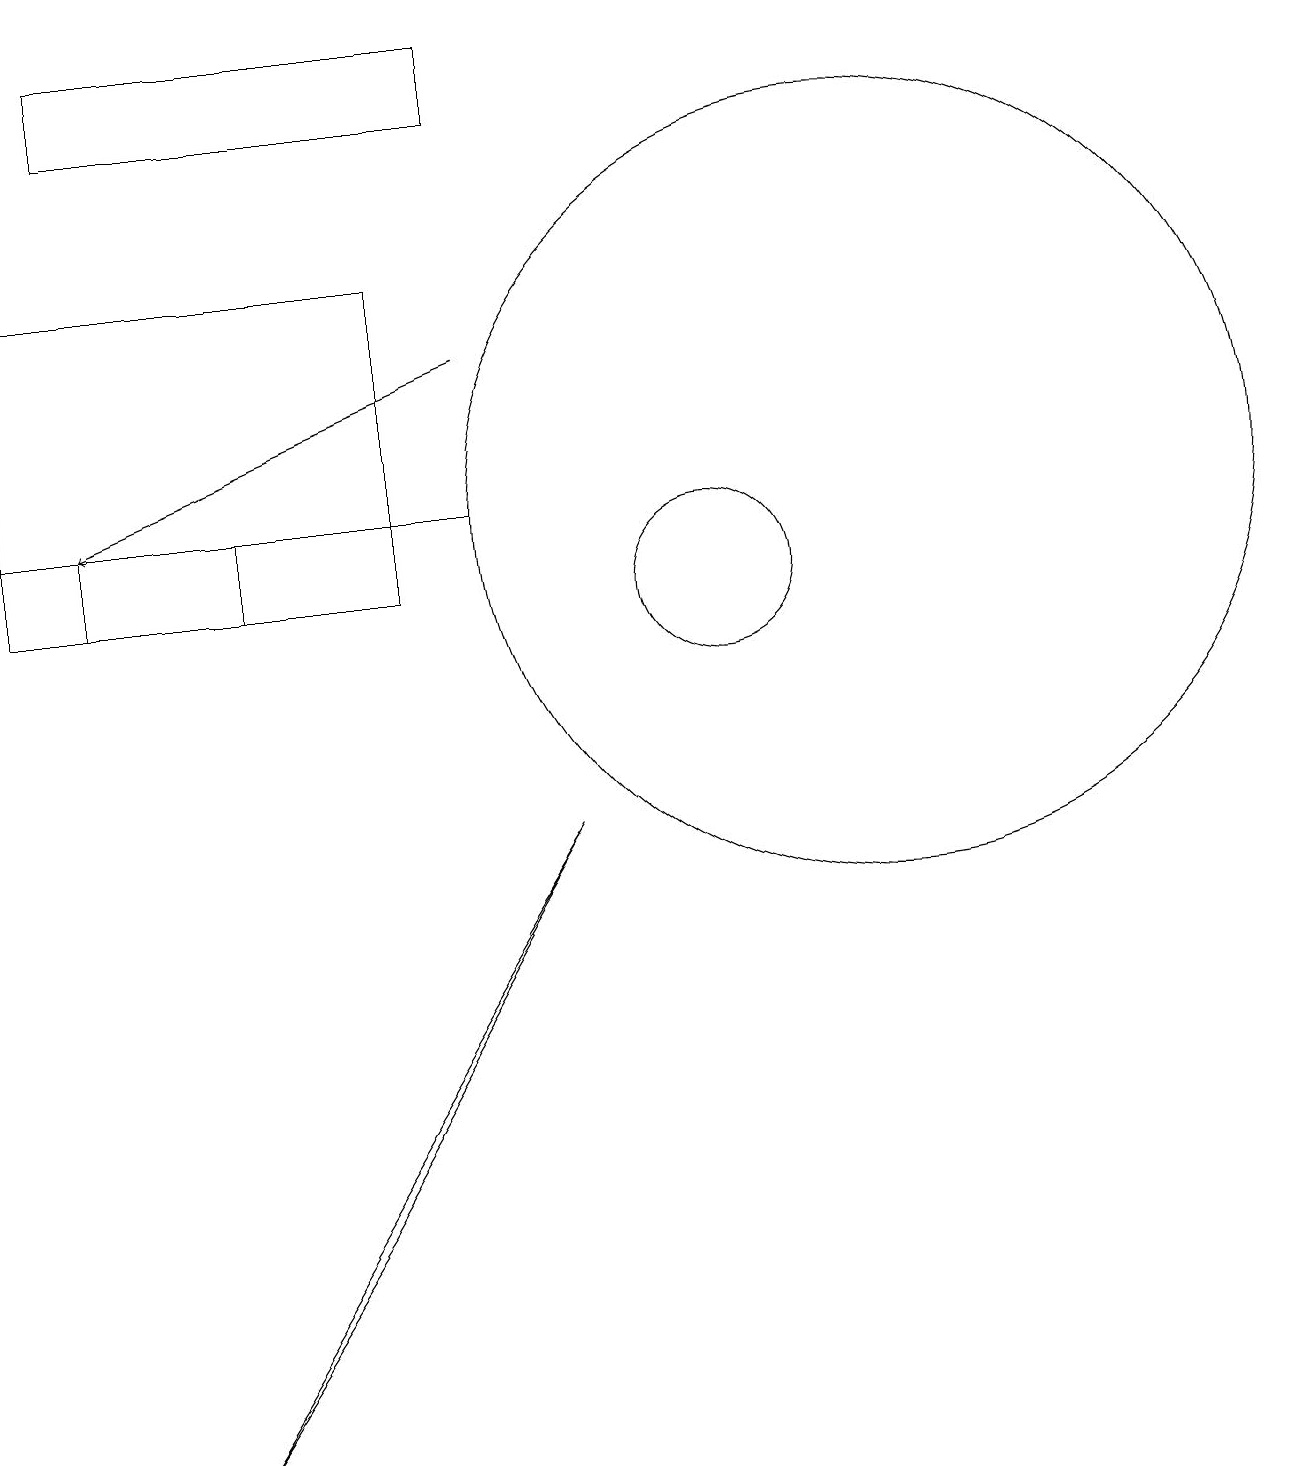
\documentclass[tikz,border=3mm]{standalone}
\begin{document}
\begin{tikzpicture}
\draw[->] (7,14) -- (2,12);
\draw (12,12) circle (5);
\draw (2,17) rectangle (7,18);
\draw (1,15) rectangle (6,11);
\draw (5,3) -- (8,8) -- (3,0) -- cycle;
\draw (2,12) rectangle (4,11);
\draw (10,11) circle (1);
\draw (7,12) rectangle (1,12);
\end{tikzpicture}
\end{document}